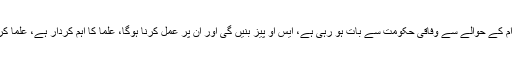
ناصر حسین شاہ کا کہنا تھا کہ محرم الحرام کے حوالے سے وفاقی حکومت سے بات ہو رہی ہے، ایس او پیز بنیں گی اور ان پر عمل کرنا ہوگا، علما کا اہم کردار ہے، علما کرام سے کہیں گے کہ لوگوں کو سمجھائیں۔